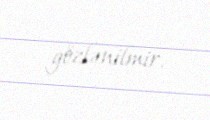
gözlənilmir.